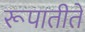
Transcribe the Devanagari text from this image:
रूपातीते